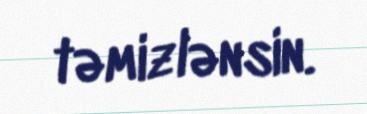
təmizlənsin.